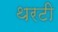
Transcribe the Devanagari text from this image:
थरटी